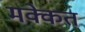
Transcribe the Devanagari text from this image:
मक्केत